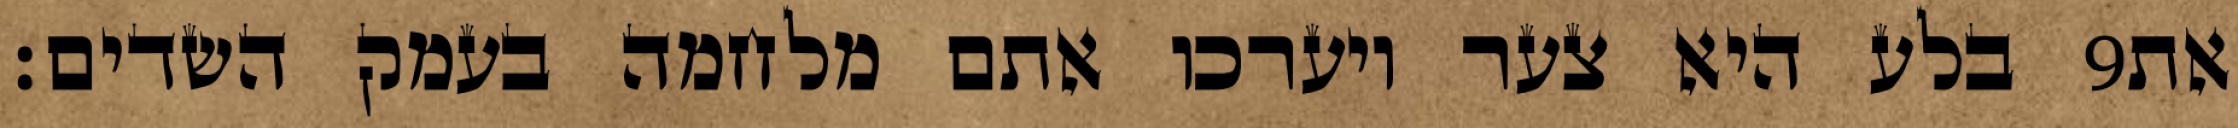
בלע היא צער ויערכו אתם מלחמה בעמק השדים׃ ‎9‏ את